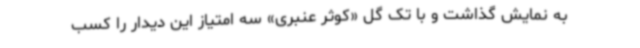
به نمایش گذاشت و با تک گل «کوثر عنبری» سه امتیاز این دیدار را کسب